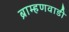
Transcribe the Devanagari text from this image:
ब्राम्हणवाडी